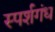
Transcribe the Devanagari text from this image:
स्पर्शगंध